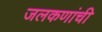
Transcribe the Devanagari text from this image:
जलकणांची